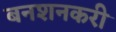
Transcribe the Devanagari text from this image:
बनशनकरी